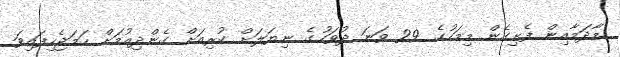
މާދަމާއިން ފެށިގެން މިމަހުގެ 29 ވަނަ ދުވަހުގެ ނިޔަލަށް ކުރިއަށް ގެންދިއުމަށް ހަމަޖެހިފައިވަ